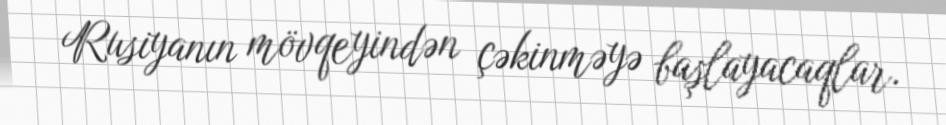
Rusiyanın mövqeyindən çəkinməyə başlayacaqlar.